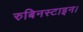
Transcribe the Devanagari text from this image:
रुबिनस्टाइन।